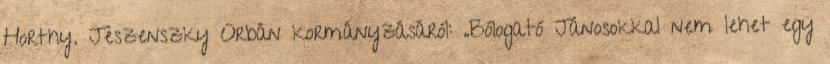
Horthy. Jeszenszky Orbán kormányzásáról: „Bólogató Jánosokkal nem lehet egy